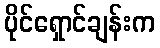
ပိုင်ရှောင်ချန်းက